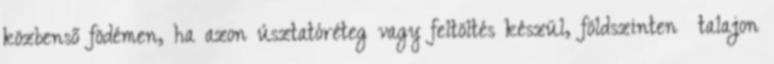
közbenső födémen, ha azon úsztatóréteg vagy feltöltés készül, földszinten talajon